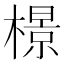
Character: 𬄣